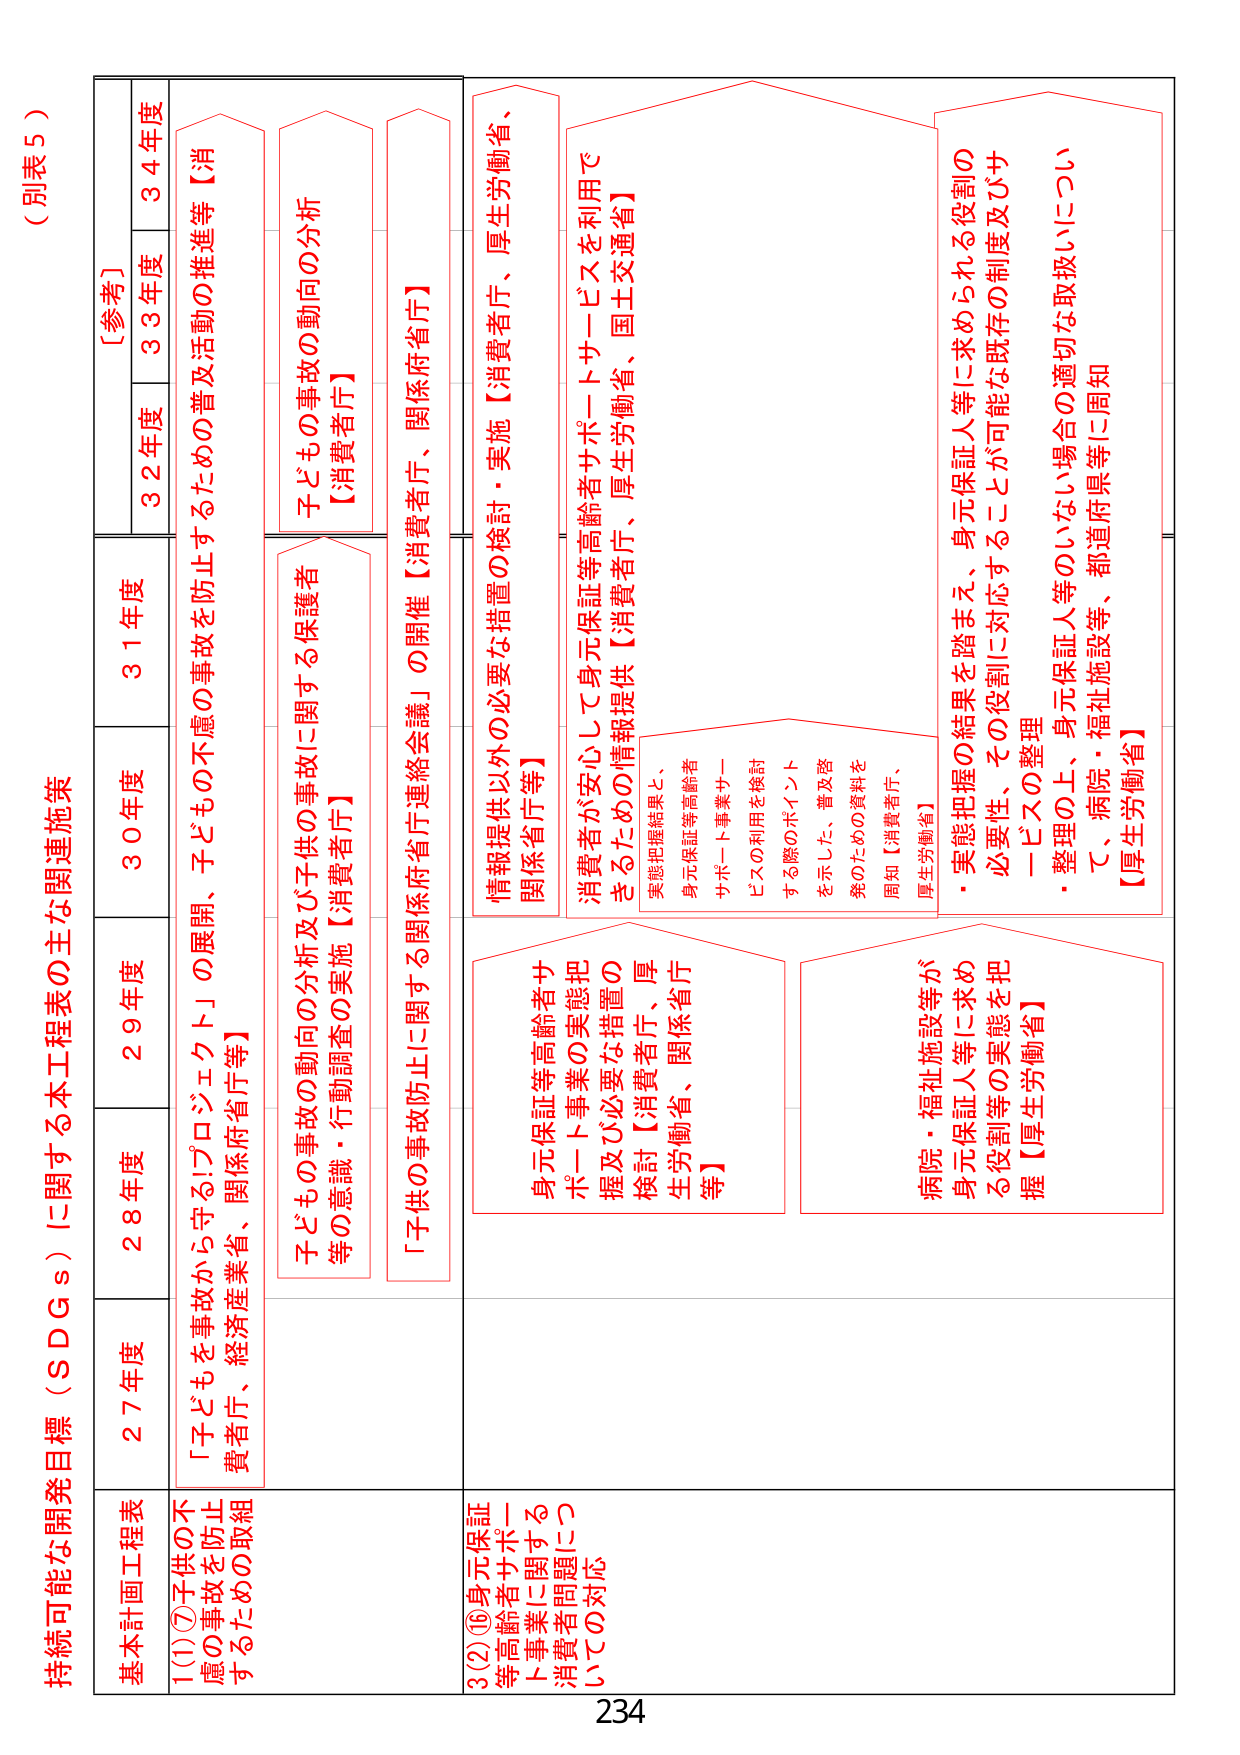
（別表５）

持続可能な開発目標（ＳＤＧｓ）に関する本工程表の主な関連施策

基本計画工程表
27年度
28年度
29年度
30年度
31年度
32年度
33年度
34年度
［参考］

①⑦子供の不慮の事故を防止するための取組
「子どもを事故から守る!プロジェクト」の展開、子どもへの不慮の事故を防止するための普及活動の推進等【消費者庁、経済産業省、関係府省庁等】
子ども事故の動向の分析及び子供の事故に関する保護者等の意識・行動調査の実施【消費者庁】
「子供の事故防止に関する関係府省庁連絡会議」の開催【消費者庁、関係府省庁】
子ども事故の動向の分析【消費者庁】

②⑯身元保証等高齢者サポート事業に関する消費者問題についての対応
身元保証等高齢者サポート事業の実態把握及び必要な措置の検討【消費者庁、厚生労働省、関係省庁等】
情報提供以外の必要な措置の検討・実施【消費者庁、厚生労働省、関係省庁等】
消費者が安心して身元保証等高齢者サポートビジネスを利用できるための情報提供【消費者庁、厚生労働省、国土交通省】
実態把握結果と、身元保証等高齢者サポート事業サービスの利用を検討する際のポイントを示した、普及啓発のための資料を周知【消費者庁、厚生労働省】
病院・福祉施設等が身元保証人等に求める役割等の実態を把握【厚生労働省】
・実態把握の結果を踏まえ、身元保証人等に求められる役割の必要性、その役割に対応することが可能な既存の制度及びサービスの整理
・整理の上、身元保証人等のいない場合の適切な取扱いについて、病院・福祉施設等、都道府県等に周知【厚生労働省】

234